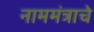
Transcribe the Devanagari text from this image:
नाममंत्राचे